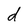
Character: d